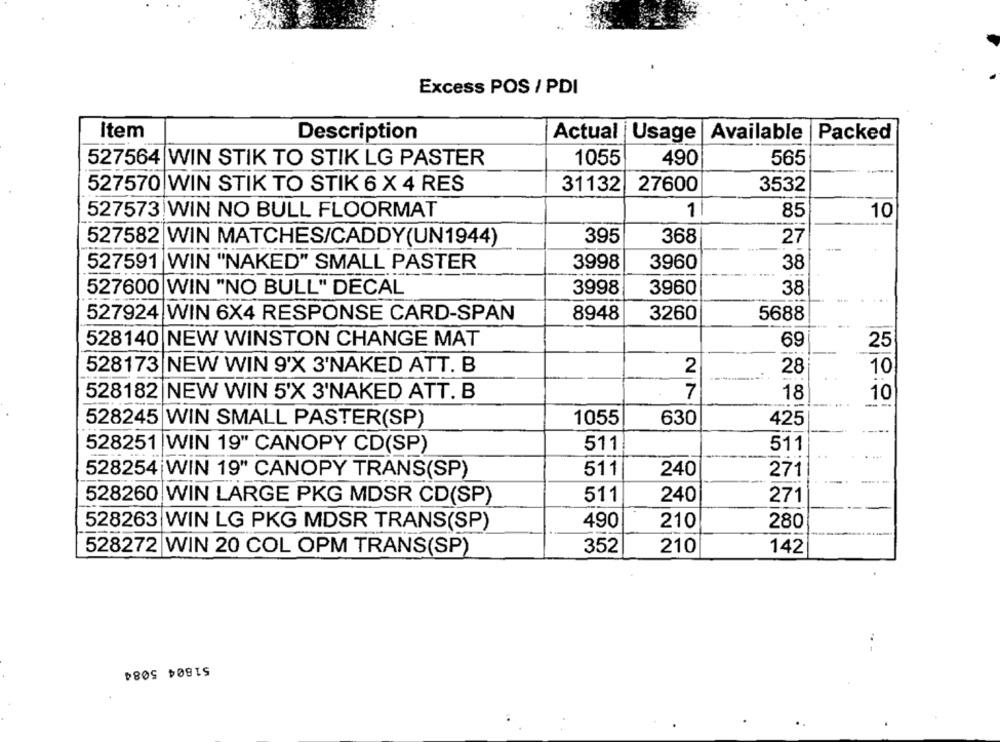
Excess POS / PDI
Item
Description
Actual |Usage |Available
Packed
527564 WIN STIK TO STIK LG PASTER
1055
490
565
527570 WIN STIK TO STIK 6 X 4 RES
31132
27600
3532
527573 WIN NO BULL FLOORMAT
1
85
10
527582 WIN MATCHES/CADDY(UN1944)
395
368
27
527591 WIN "NAKED" SMALL PASTER
3998
3960
38
527600 WIN "NO BULL" DECAL
3998
3960
38
527924 WIN 6X4 RESPONSE CARD-SPAN
8948
3260
5688
528140 NEW WINSTON CHANGE MAT
69
25
528173 NEW WIN 9'X 3'NAKED ATT. B
2
28
10
7
528182 NEW WIN 5'X 3'NAKED ATT. B
18
10
528245 WIN SMALL PASTER(SP)
1055
630
425
528251 WIN 19" CANOPY CD(SP)
511
511
528254 WIN 19" CANOPY TRANS(SP)
511
240
271
511
240
528260 WIN LARGE PKG MDSR CD(SP)
271
528263 WIN LG PKG MDSR TRANS(SP)
490
210
280
352
210
528272 WIN 20 COL OPM TRANS(SP)
142
51804 5084